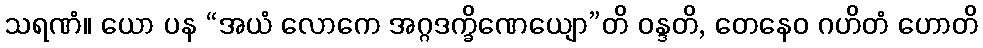
သရဏံ။ ယော ပန “အယံ လောကေ အဂ္ဂဒက္ခိဏေယျော”တိ ဝန္ဒတိ, တေနေဝ ဂဟိတံ ဟောတိ